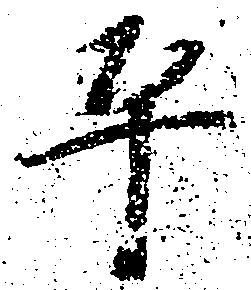
平